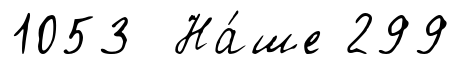
1053 На́ше 299